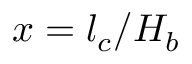
x = l _ { c } / H _ { b }